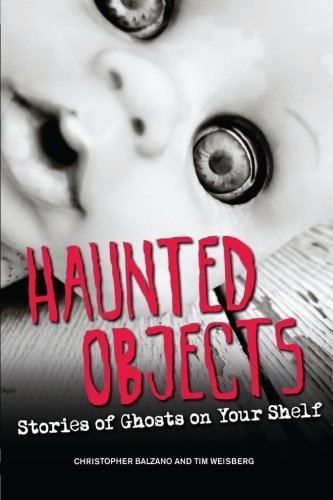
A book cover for Haunted Objects: Stories of Ghosts on Your Shelf; Christopher Balzano; Humor & Entertainment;